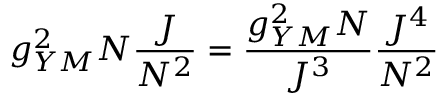
g _ { Y M } ^ { 2 } N \frac { J } { N ^ { 2 } } = \frac { g _ { Y M } ^ { 2 } N } { J ^ { 3 } } \frac { J ^ { 4 } } { N ^ { 2 } }